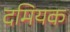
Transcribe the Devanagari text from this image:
दमियक